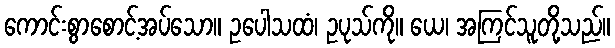
ကောင်းစွာစောင့်အပ်သော။ ဥပေါသထံ၊ ဥပုသ်ကို။ ယေ၊ အကြင်သူတို့သည်။